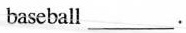
baseball___.